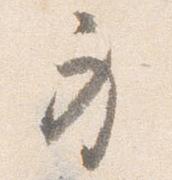
身